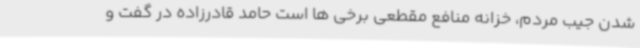
شدن جیب مردم، خزانه منافع مقطعی برخی ها است حامد قادرزاده در گفت و